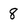
Character: 8